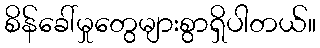
စိန်ခေါ်မှုတွေများစွာရှိပါတယ်။